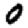
Digit: 0